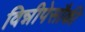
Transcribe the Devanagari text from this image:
विन्नीपेसौकी